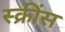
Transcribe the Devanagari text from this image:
स्क्रींस